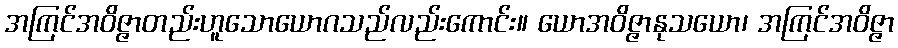
အကြင်အဝိဇ္ဇာတည်းဟူသောယောဂသည်လည်းကောင်း။ ယောအဝိဇ္ဇာနုသယော၊ အကြင်အဝိဇ္ဇာ